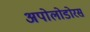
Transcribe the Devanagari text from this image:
अपोलोडोरस